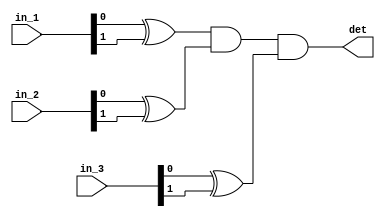
`timescale 1ns/1ns
module det_3input #(parameter DELAY=0)
                (input [1:0] in_1, in_2, in_3,
						output det);
						
wire det1, det2, det3;

xor (det1, in_1[0],in_1[1]);
xor (det2, in_2[0],in_2[1]);
xor (det3, in_3[0],in_3[1]);
and #(DELAY) (det,  det1, det2, det3);
						
						
endmodule